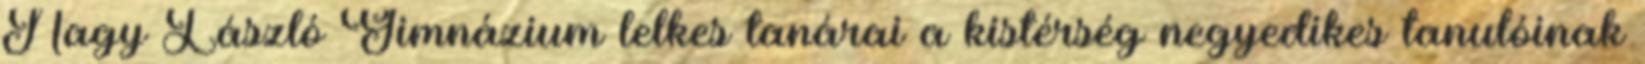
Nagy László Gimnázium lelkes tanárai a kistérség negyedikes tanulóinak